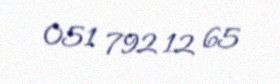
051 792 12 65